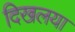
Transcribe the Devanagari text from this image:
दिखलया